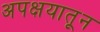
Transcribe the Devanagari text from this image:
अपक्षयातून